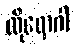
ထိုရောဂါ